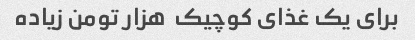
برای یک غذای کوچیک  هزار تومن زیاده